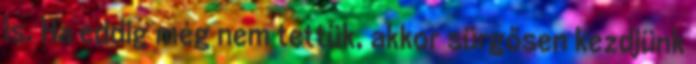
is. Ha eddig még nem tettük, akkor sürgősen kezdjünk